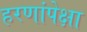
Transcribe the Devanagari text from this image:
हरणांपेक्षा